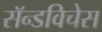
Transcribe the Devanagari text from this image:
सॅन्डविचेस